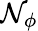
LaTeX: \mathcal{N}_{\phi}